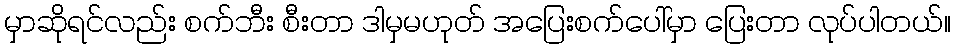
မှာဆိုရင်လည်း စက်ဘီး စီးတာ ဒါမှမဟုတ် အပြေးစက်ပေါ်မှာ ပြေးတာ လုပ်ပါတယ်။